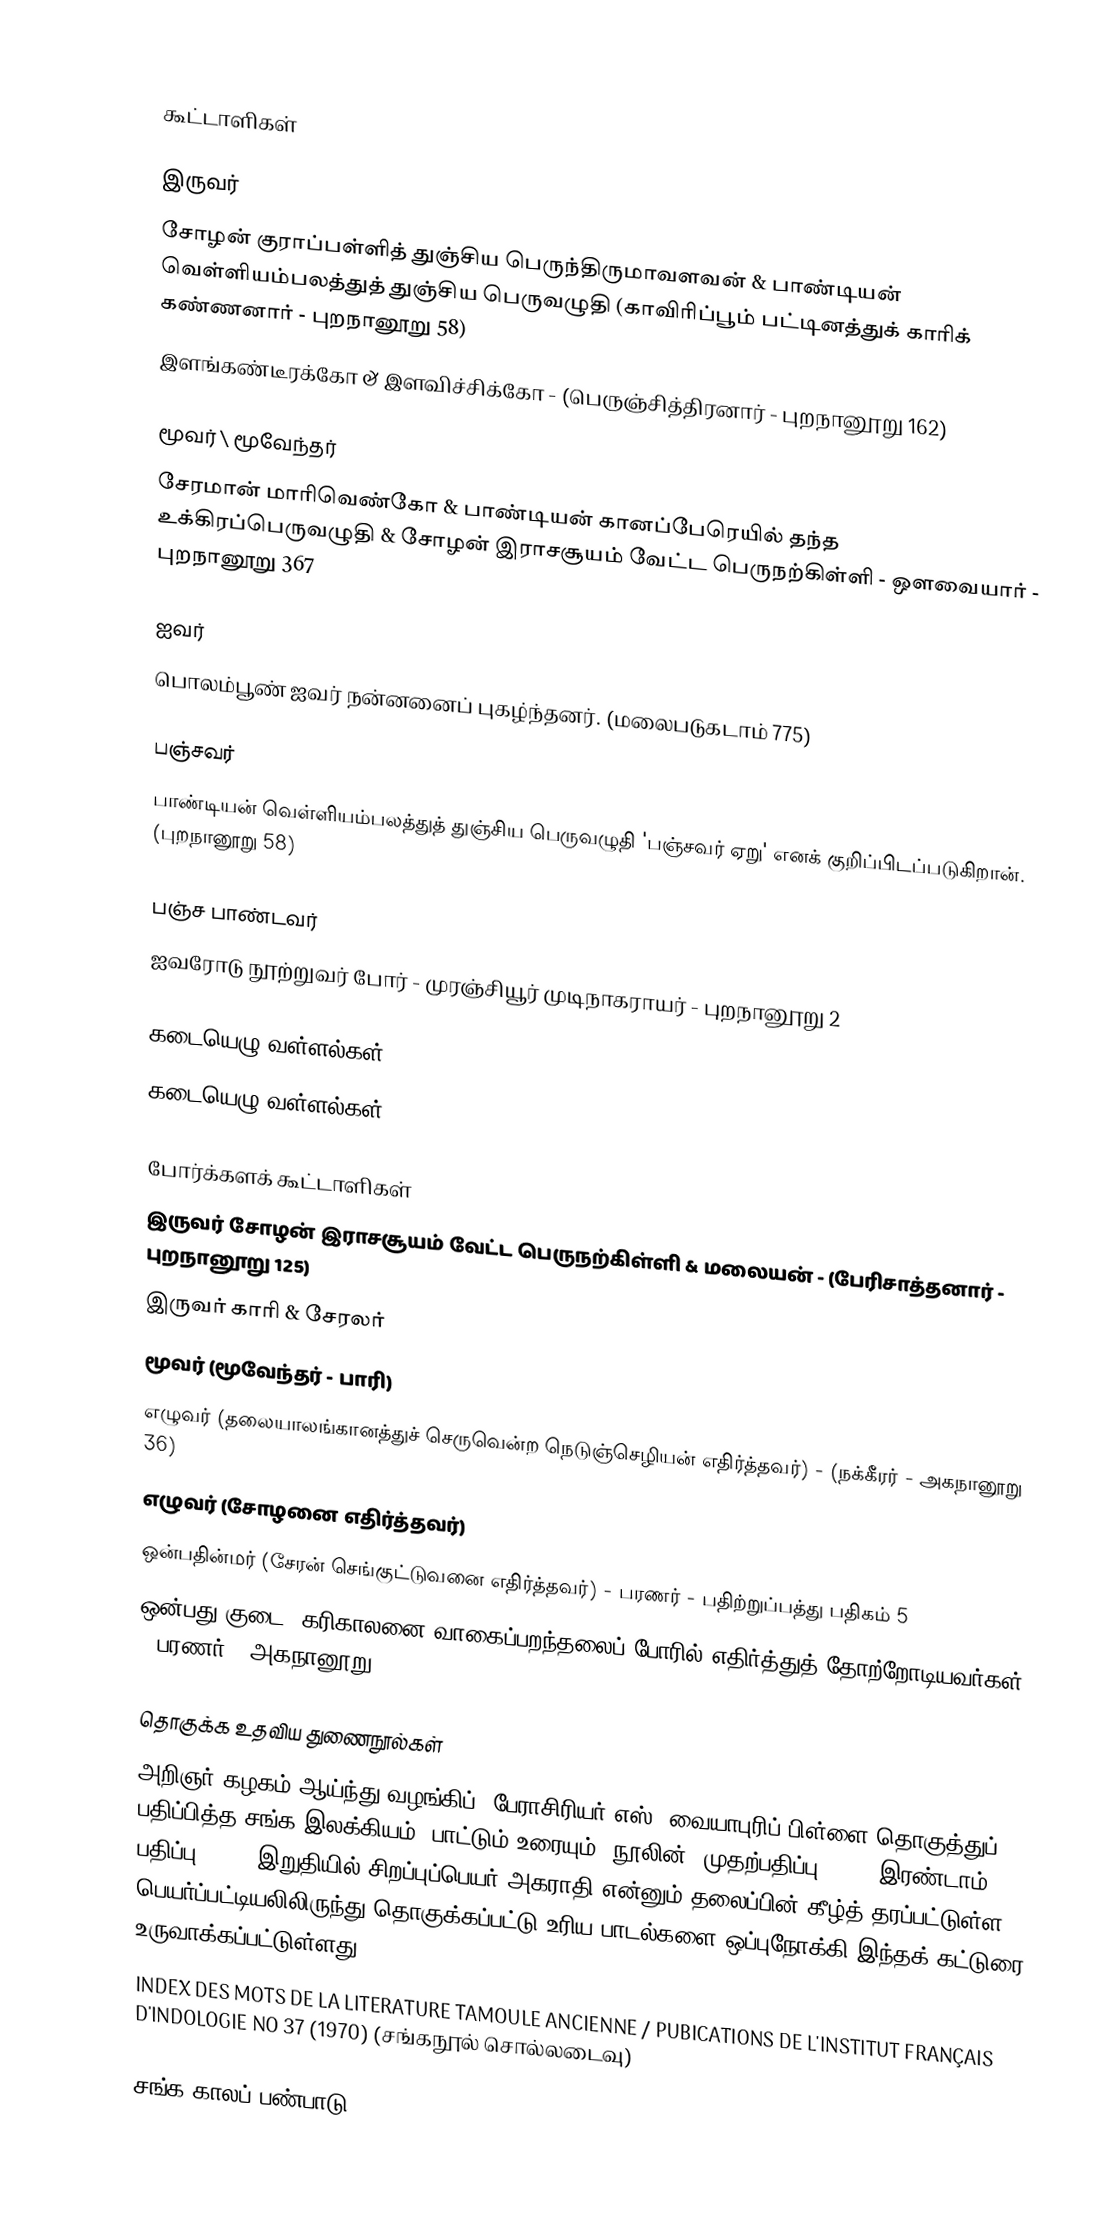

கூட்டாளிகள்

இருவர்
 சோழன் குராப்பள்ளித் துஞ்சிய பெருந்திருமாவளவன் & பாண்டியன் வெள்ளியம்பலத்துத் துஞ்சிய பெருவழுதி (காவிரிப்பூம் பட்டினத்துக் காரிக் கண்ணனார் - புறநானூறு 58)
 இளங்கண்டீரக்கோ & இளவிச்சிக்கோ - (பெருஞ்சித்திரனார் - புறநானூறு 162)

மூவர் \ மூவேந்தர்
 சேரமான் மாரிவெண்கோ & பாண்டியன் கானப்பேரெயில் தந்த உக்கிரப்பெருவழுதி & சோழன் இராசசூயம் வேட்ட பெருநற்கிள்ளி - ஔவையார் - புறநானூறு 367

ஐவர்
பொலம்பூண் ஐவர் நன்னனைப் புகழ்ந்தனர். (மலைபடுகடாம் 775)

பஞ்சவர்
பாண்டியன் வெள்ளியம்பலத்துத் துஞ்சிய பெருவழுதி 'பஞ்சவர் ஏறு' எனக் குறிப்பிடப்படுகிறான். (புறநானூறு 58)

பஞ்ச பாண்டவர்
ஐவரோடு நூற்றுவர் போர் - முரஞ்சியூர் முடிநாகராயர் - புறநானூறு 2

கடையெழு வள்ளல்கள்
கடையெழு வள்ளல்கள்

போர்க்களக் கூட்டாளிகள்
 இருவர் சோழன் இராசசூயம் வேட்ட பெருநற்கிள்ளி & மலையன் - (பேரிசாத்தனார் - புறநானூறு 125)
 இருவர் காரி & சேரலர்
 மூவர் (மூவேந்தர் - பாரி)
 எழுவர் (தலையாலங்கானத்துச் செருவென்ற நெடுஞ்செழியன் எதிர்த்தவர்) - (நக்கீரர் - அகநானூறு 36)
 எழுவர் (சோழனை எதிர்த்தவர்)
 ஒன்பதின்மர் (சேரன் செங்குட்டுவனை எதிர்த்தவர்) - பரணர் - பதிற்றுப்பத்து பதிகம் 5
 ஒன்பது குடை (கரிகாலனை வாகைப்பறந்தலைப் போரில் எதிர்த்துத் தோற்றோடியவர்கள்) - பரணர் - அகநானூறு 125

தொகுக்க உதவிய துணைநூல்கள்
 அறிஞர் கழகம் ஆய்ந்து வழங்கிப், பேராசிரியர் எஸ். வையாபுரிப் பிள்ளை தொகுத்துப் பதிப்பித்த சங்க இலக்கியம் (பாட்டும் உரையும்) நூலின் (முதற்பதிப்பு 1940, இரண்டாம் பதிப்பு 1967) இறுதியில் சிறப்புப்பெயர் அகராதி என்னும் தலைப்பின் கீழ்த் தரப்பட்டுள்ள பெயர்ப்பட்டியலிலிருந்து தொகுக்கப்பட்டு உரிய பாடல்களை ஒப்புநோக்கி இந்தக் கட்டுரை உருவாக்கப்பட்டுள்ளது.
 INDEX DES MOTS DE LA LITERATURE TAMOULE ANCIENNE / PUBICATIONS DE L'INSTITUT FRANÇAIS D'INDOLOGIE NO 37 (1970) (சங்கநூல் சொல்லடைவு)

சங்க காலப் பண்பாடு